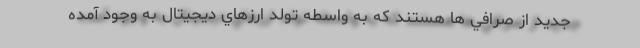
جديد از صرافي ها هستند كه به واسطه تولد ارزهاي ديجيتال به وجود آمده